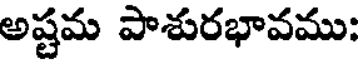
అష్టమ పాశురభావము: